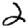
Digit: 2